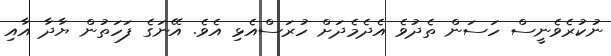
ނުކުރެވެނީސް ހަސަން ތެދުވެ އެދެމެދަށް ހުރަސްއެޅި އެވެ. އޭނަގެ ފަހަތުން ޔާދާ އާއި